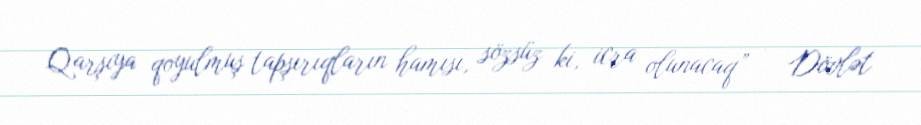
Qarşıya qoyulmuş tapşırıqların hamısı, sözsüz ki, icra olunacaq” – Dövlət